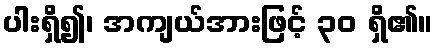
ပါးရှိ၍၊ အကျယ်အားဖြင့် ၃၀ ရှိ၏။